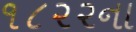
૧૮૨૨ના